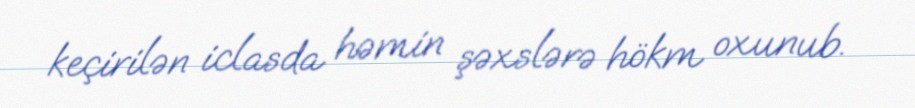
keçirilən iclasda həmin şəxslərə hökm oxunub.